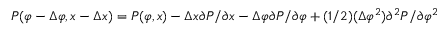
P ( \varphi - \Delta \varphi , x - \Delta x ) = P ( \varphi , x ) - \Delta x \partial P / \partial x - \Delta \varphi \partial P / \partial \varphi + ( 1 / 2 ) ( \Delta \varphi ^ { 2 } ) \partial ^ { 2 } P / \partial \varphi ^ { 2 }